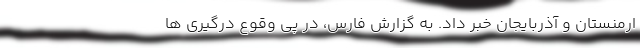
ارمنستان و آذربایجان خبر داد. به گزارش فارس، در پی وقوع درگیری ها